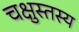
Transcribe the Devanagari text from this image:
चक्षुस्तस्य